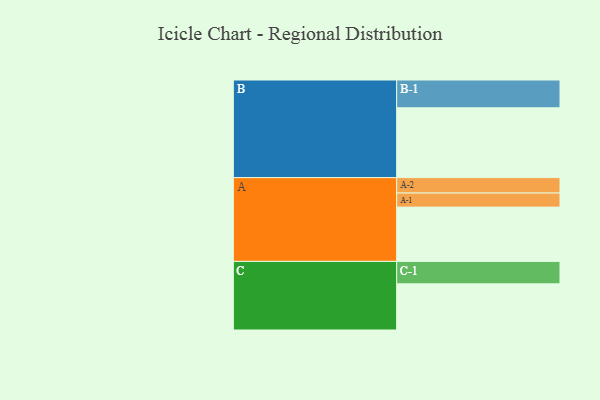
{"axis": {"x": "Segment", "y": "Value"}, "legend": ["", "A", "B", "C"], "data": [{"x": "A", "y": 447, "type": ""}, {"x": "B", "y": 575, "type": ""}, {"x": "C", "y": 380, "type": ""}, {"x": "A-1", "y": 116, "type": "A"}, {"x": "A-2", "y": 127, "type": "A"}, {"x": "B-1", "y": 229, "type": "B"}, {"x": "C-1", "y": 185, "type": "C"}]}